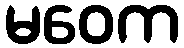
မဝေက